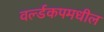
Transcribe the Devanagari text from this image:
वर्ल्डकपमधील